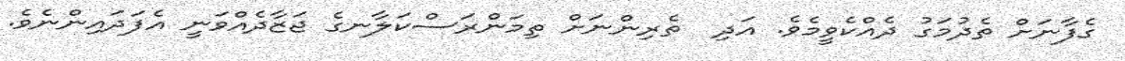
ގެފާނަށް ތެދުމަގު ދެއްކެވީމެވެ. އަދި  ތެރިންނަށް ތިމަންރަސްކަލާނގެ ޖަޒާދެއްވަނީ އެފަދައިންނެވެ.